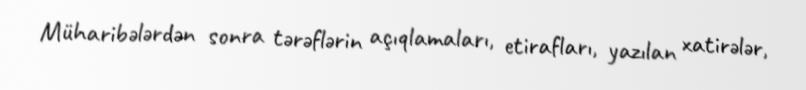
Müharibələrdən sonra tərəflərin açıqlamaları, etirafları, yazılan xatirələr,